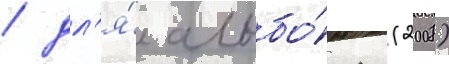
/ дл'я́ альбо́ма (2008)